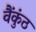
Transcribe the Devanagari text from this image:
वैंकुंठ